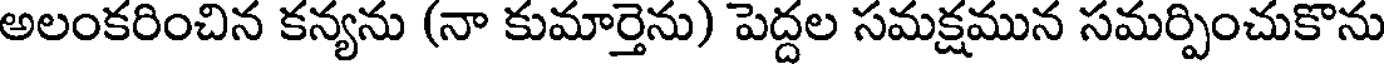
అలంకరించిన కన్యను (నా కుమార్తెను) పెద్దల సమక్షమున సమర్పించుకొను